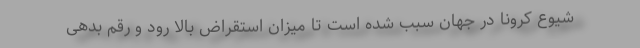
شیوع کرونا در جهان سبب شده است تا میزان استقراض بالا رود و رقم بدهی